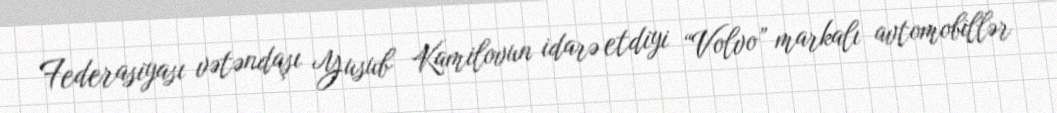
Federasiyası vətəndaşı Yusub Kamilovun idarə etdiyi “Volvo” markalı avtomobillər